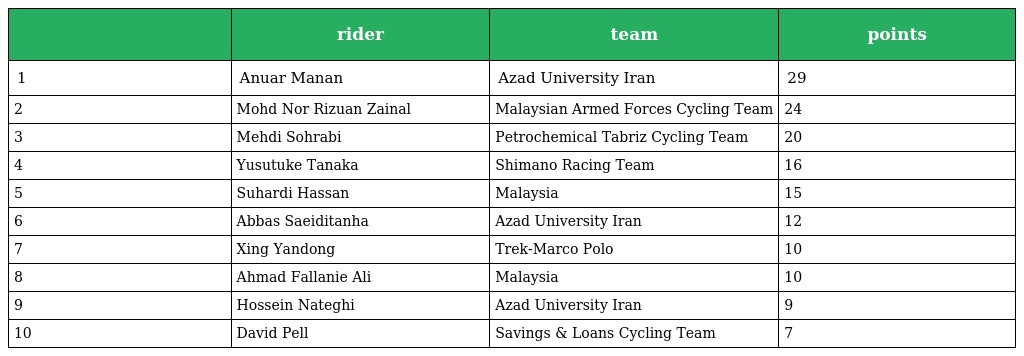
|  | rider | team | points |
 | --- | --- | --- | --- |
 | 1 | Anuar Manan | Azad University Iran | 29 |
 | 2 | Mohd Nor Rizuan Zainal | Malaysian Armed Forces Cycling Team | 24 |
 | 3 | Mehdi Sohrabi | Petrochemical Tabriz Cycling Team | 20 |
 | 4 | Yusutuke Tanaka | Shimano Racing Team | 16 |
 | 5 | Suhardi Hassan | Malaysia | 15 |
 | 6 | Abbas Saeiditanha | Azad University Iran | 12 |
 | 7 | Xing Yandong | Trek-Marco Polo | 10 |
 | 8 | Ahmad Fallanie Ali | Malaysia | 10 |
 | 9 | Hossein Nateghi | Azad University Iran | 9 |
 | 10 | David Pell | Savings & Loans Cycling Team | 7 |